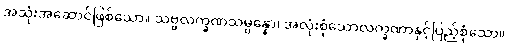
အသုံးအဆောင်ဖြစ်သော။ သဗ္ဗလက္ခဏသမ္ပန္နော၊ အလုံးစုံသောလက္ခဏာနှင့်ပြည့်စုံသော။